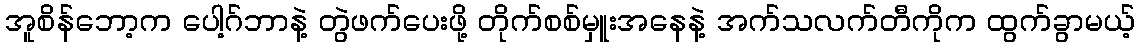
အူစိန်ဘော့က ပေါ့ဂ်ဘာနဲ့ တွဲဖက်ပေးဖို့ တိုက်စစ်မှူးအနေနဲ့ အက်သလက်တီကိုက ထွက်ခွာမယ့်